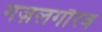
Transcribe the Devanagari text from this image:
गज़लगौरव